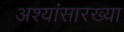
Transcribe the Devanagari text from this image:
अश्यांसारख्या